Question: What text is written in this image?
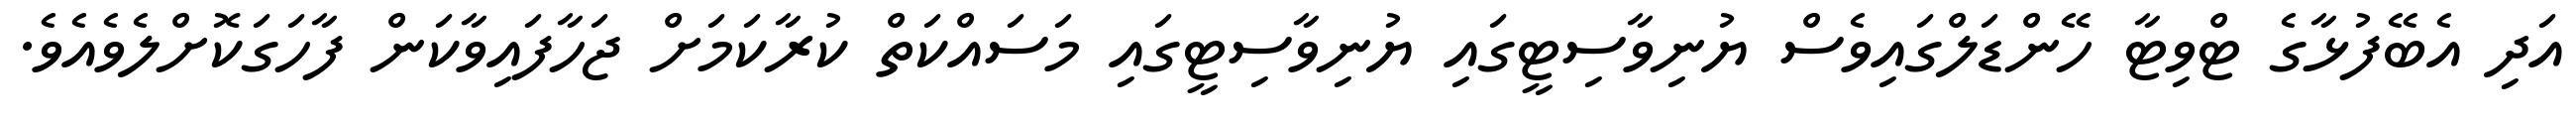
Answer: އަދި އެބޭފުޅާގެ ޓްވިޓާ ހޭންޑަލްގައިވެސް ޔުނިވާސިޓީގައި ޔުނިވާސިޓީގައި މަސައްކަތް ކުރާކަމަށް ޖަހާފައިވާކަން ފާހަގަކޮށްލެވެއެވެ.